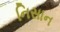
નિસાન